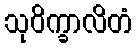
သုဝိက္ခာလိတံ